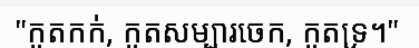
"កូតកក់, កូតសម្បារចេក, កូតទ្រ។"